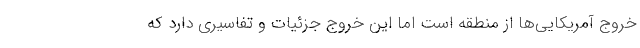
خروج آمریکایی‌ها از منطقه است اما این خروج جزئیات و تفاسیری دارد که